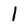
Character: l